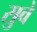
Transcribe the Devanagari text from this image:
सुवे